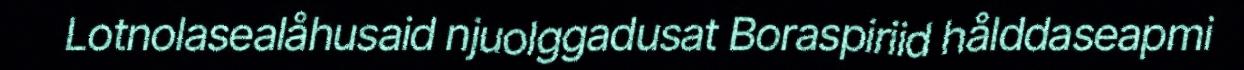
Lotnolasealåhusaid njuolggadusat Boraspiriid hålddaseapmi